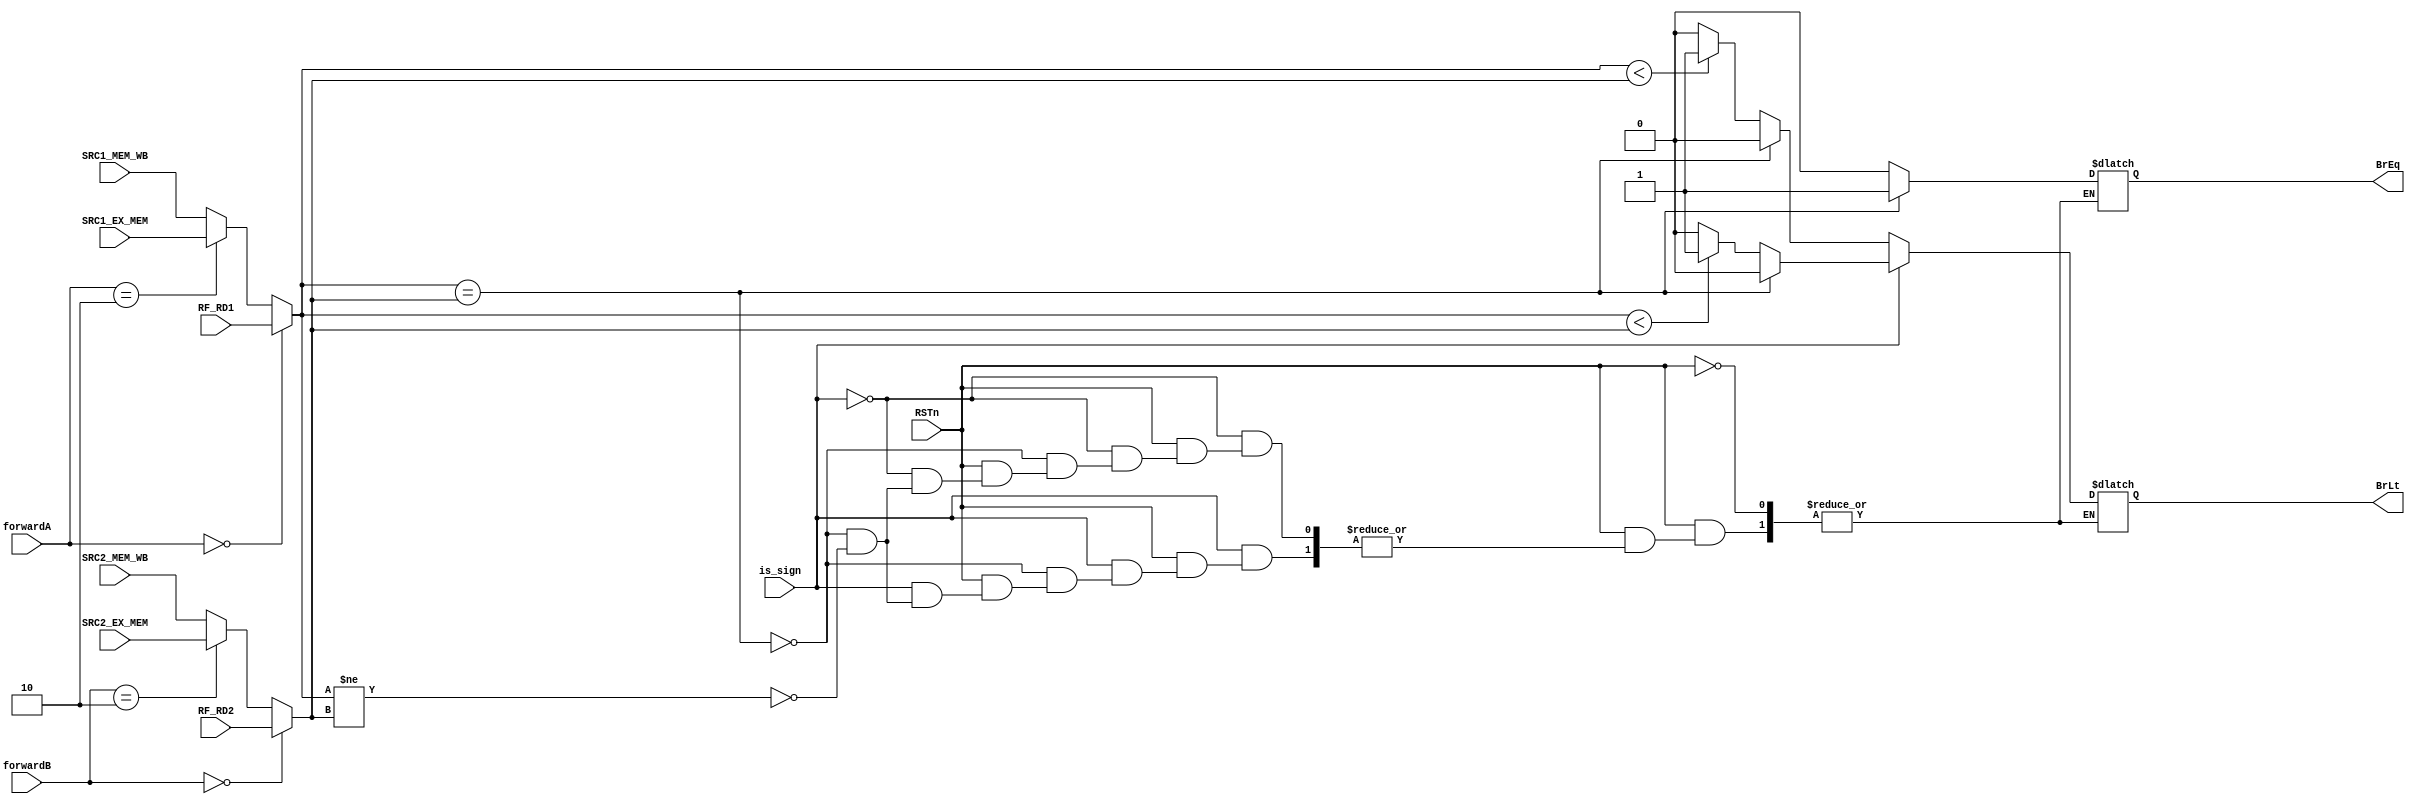
module BranchComp(
    input wire RSTn,
    input wire is_sign,
    input wire[1:0] forwardA,
    input wire[1:0] forwardB,
    input wire [31:0] RF_RD1, // source register 1   
	input wire [31:0] RF_RD2, // source register 2   
    input wire [31:0] SRC1_EX_MEM,
    input wire [31:0] SRC2_EX_MEM,
    input wire [31:0] SRC1_MEM_WB,
    input wire [31:0] SRC2_MEM_WB,
    output wire BrEq,
    output wire BrLt
);

reg BrEq_reg;
reg BrLt_reg;

assign BrEq = BrEq_reg;
assign BrLt = BrLt_reg;

wire [31:0] src1;
wire [31:0] src2;

assign src1 = (forwardA == 2'b00)? RF_RD1 :
(forwardA == 2'b10)? SRC1_EX_MEM :
(forwardA == 2'b01)? SRC1_MEM_WB : SRC1_MEM_WB;

assign src2 = (forwardB == 2'b00)? RF_RD2 :
(forwardB == 2'b10)? SRC2_EX_MEM :
(forwardB == 2'b01)? SRC2_MEM_WB : SRC2_MEM_WB;


always@(*) begin
    if(RSTn == 1) begin
        if(is_sign) begin
            if(src1 == src2) begin
                BrEq_reg = 1;
                BrLt_reg = 0;
            end 
            else if(src1 != src2) begin
                BrEq_reg = 0;
                if($signed(src1) < $signed(src2)) begin
                    BrLt_reg = 1;
                end
                else begin
                    BrLt_reg = 0;
                end
            end
        end
        else begin
            if(src1 == src2) begin
                BrEq_reg = 1;
                BrLt_reg = 0;
            end 
            else if(src1 != src2) begin
                BrEq_reg = 0;
                if(src1 < src2) begin
                    BrLt_reg = 1;
                end
                else begin
                    BrLt_reg = 0;
                end
            end
        end
    end
end
endmodule